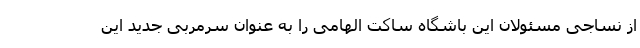
از نساجی مسئولان این باشگاه ساکت الهامی را به عنوان سرمربی جدید این